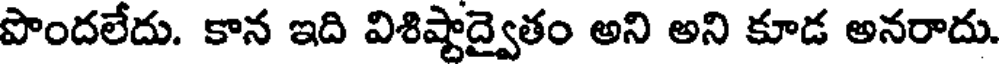
పొందలేదు. కాన ఇది విశిష్టాద్వైతం అని అని కూడ అనరాదు.